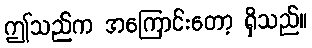
ဤသည်က အကြောင်းတော့ ရှိသည်။